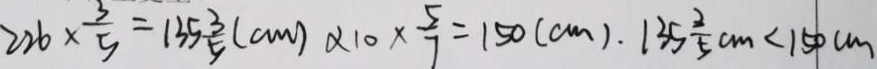
2 2 6 \times \frac { 3 } { 5 } = 1 3 5 \frac { 3 } { 5 } ( c m ) \alpha 1 0 \times \frac { 5 } { 7 } = 1 5 0 ( c m ) \cdot 1 3 5 \frac { 2 } { 5 } c m < 1 5 0 c m